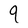
Character: q